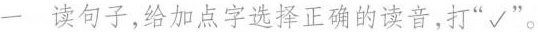
一 读句子，给加点字选择正确的读音,打“√”。